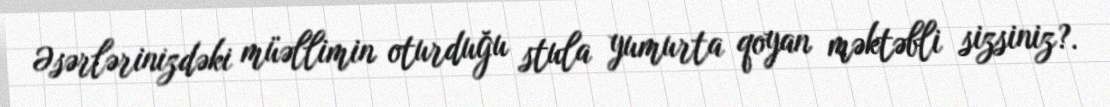
Əsərlərinizdəki müəllimin oturduğu stula yumurta qoyan məktəbli sizsiniz?.